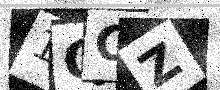
Text: 1QCZ